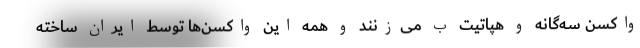
واکسن سه‌گانه و هپاتیت ب می‌زنند و همه این واکسن‌ها توسط ایران ساخته